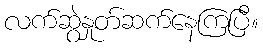
လက်ဆွဲနှုတ်ဆက်နေကြပြီ။